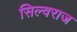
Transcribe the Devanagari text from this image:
सिल्वराज